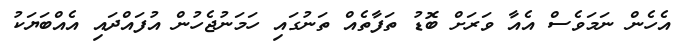
އެހެން ނަމަވެސް އެއާ ވަރަށް ބޮޑު ތަފާތެއް ތަނުގައި ހަމަނުޖެހުން އުފައްދައި އެއްބަޔަކު